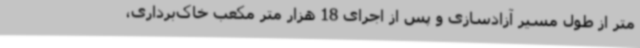
متر از طول مسیر آزادسازی و پس از اجرای 18 هزار متر مکعب خاک‌برداری،